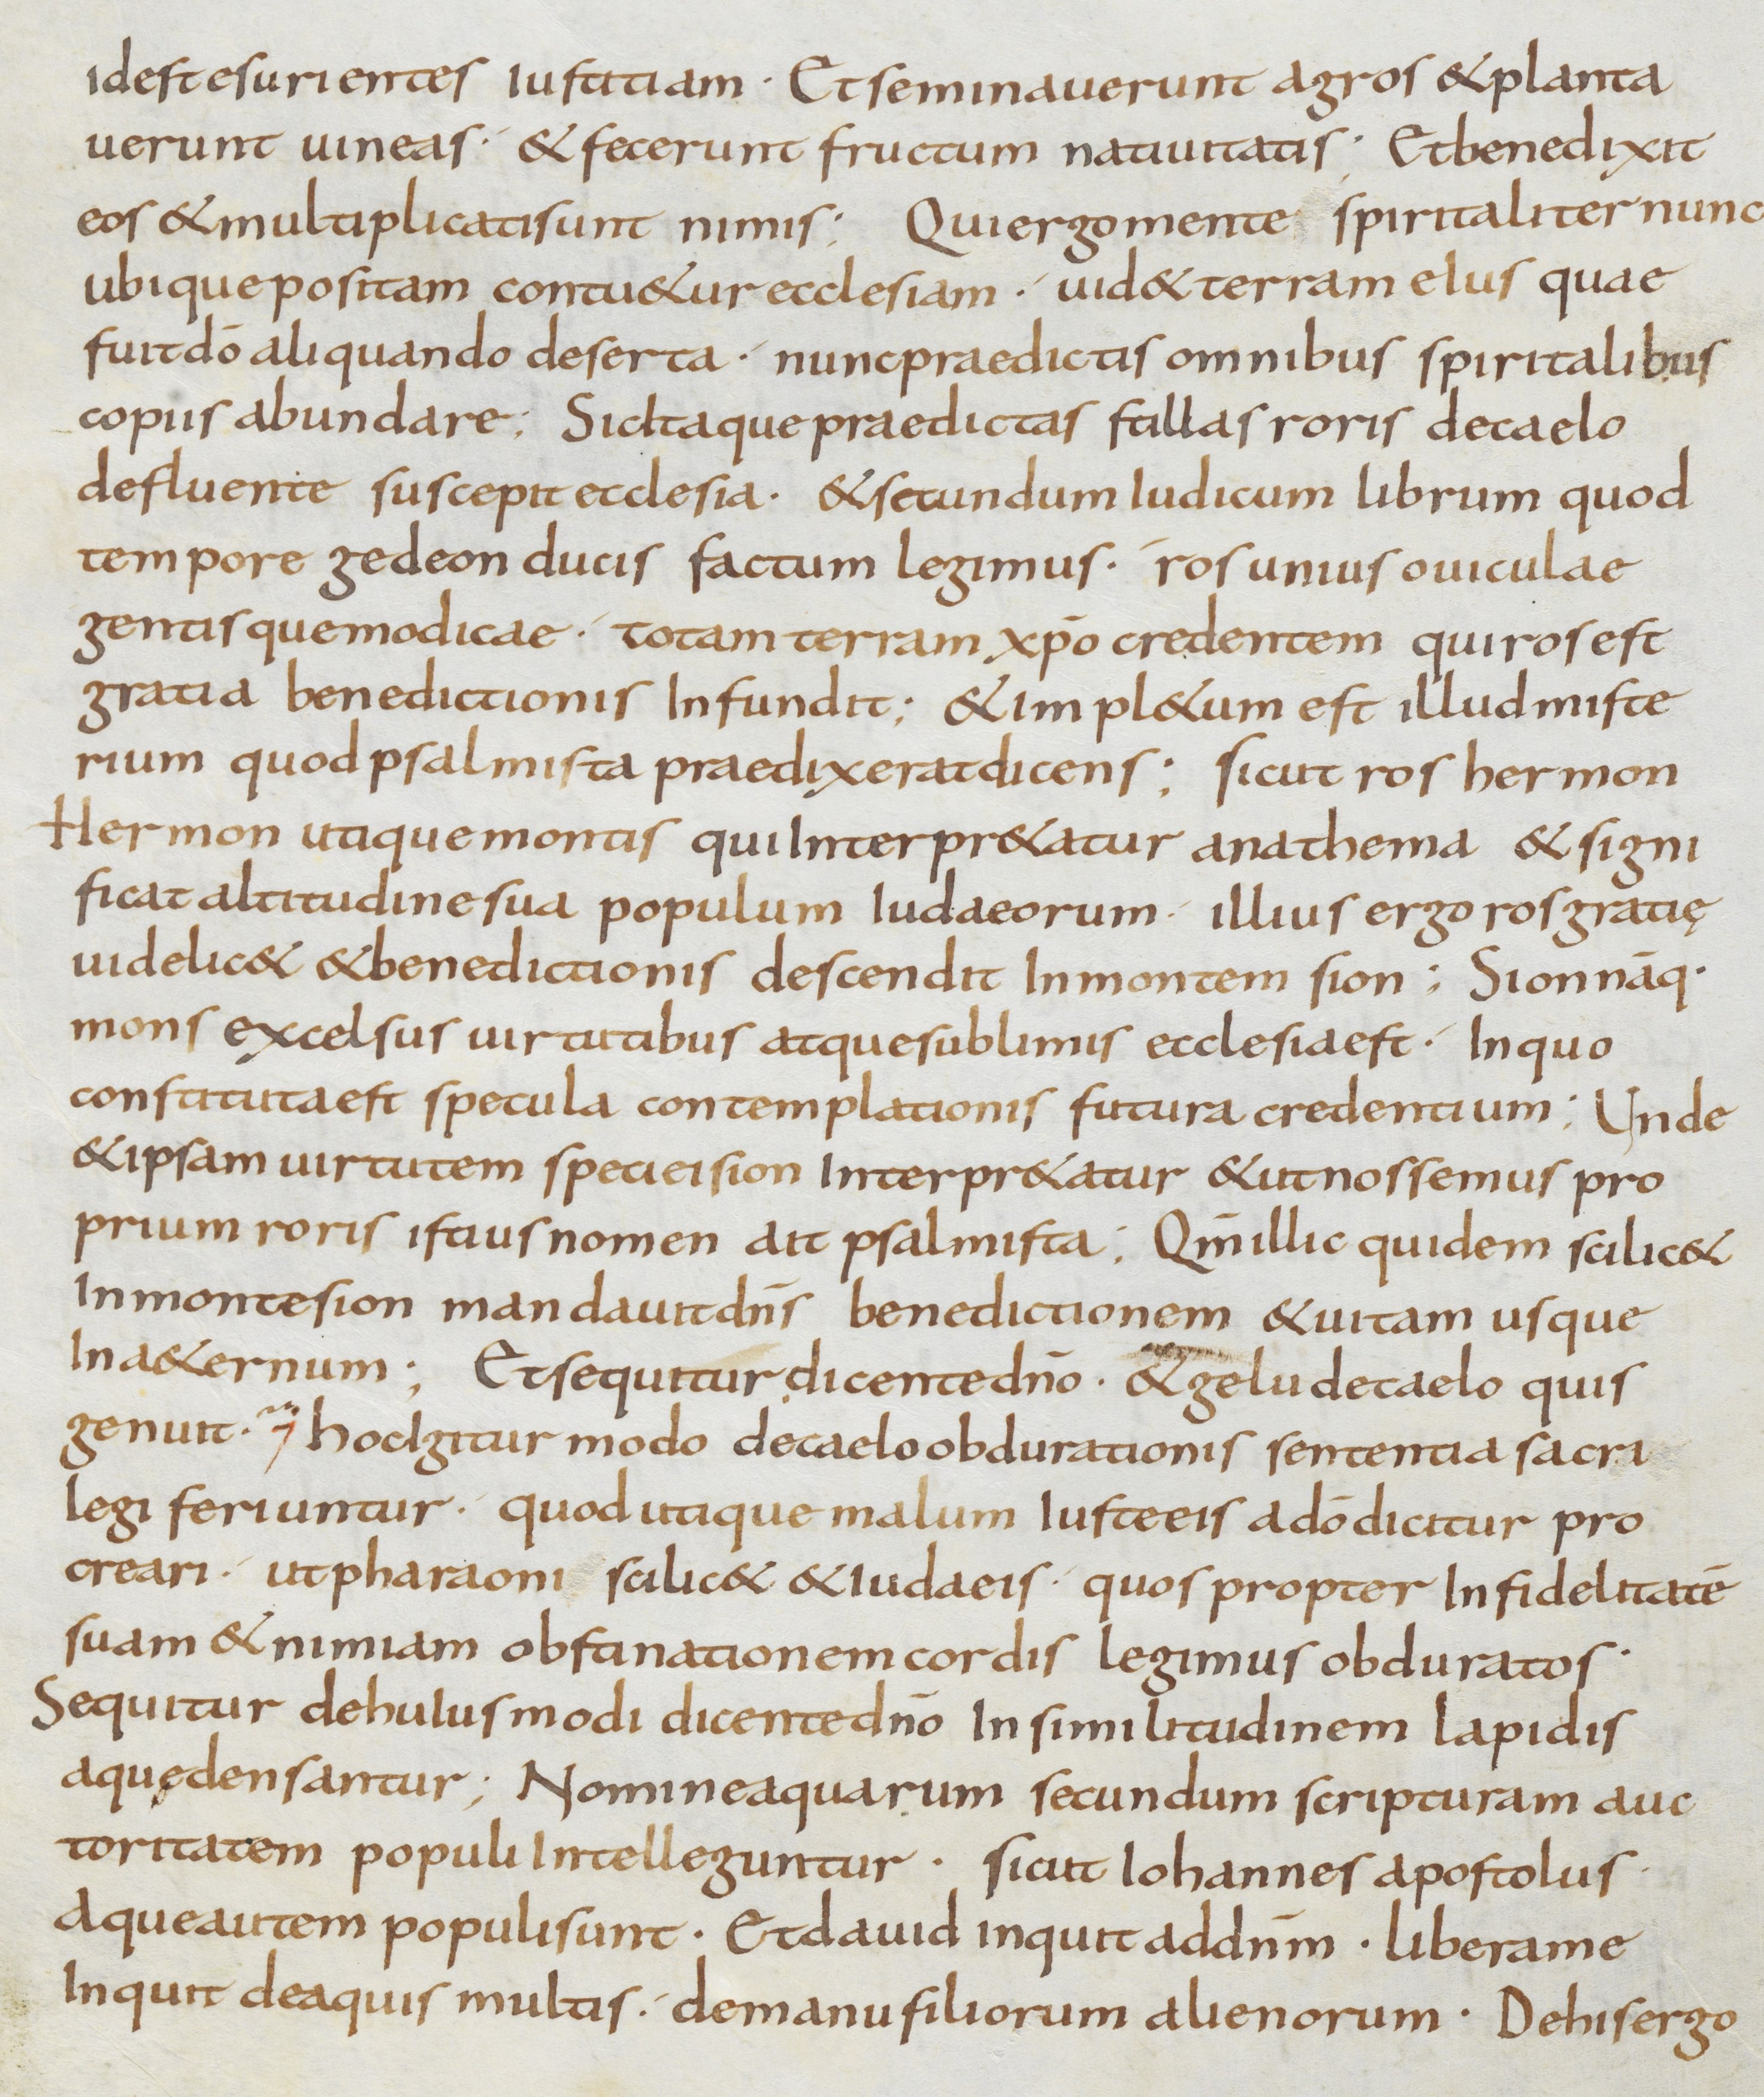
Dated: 800–899